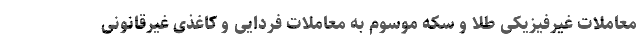
معاملات غیرفیزیکی طلا و سکه موسوم به معاملات فردایی و کاغذی غیرقانونی